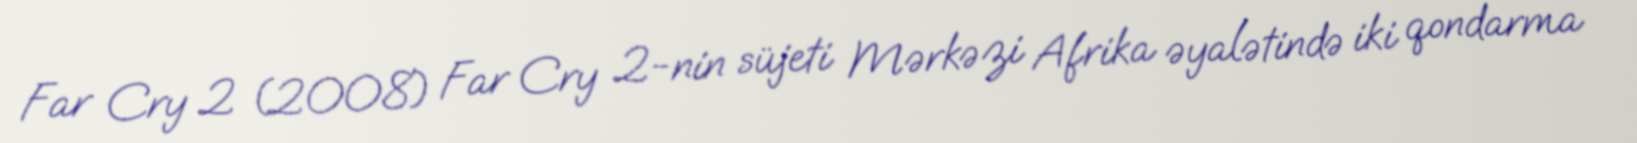
Far Cry 2 (2008) Far Cry 2-nin süjeti Mərkəzi Afrika əyalətində iki qondarma